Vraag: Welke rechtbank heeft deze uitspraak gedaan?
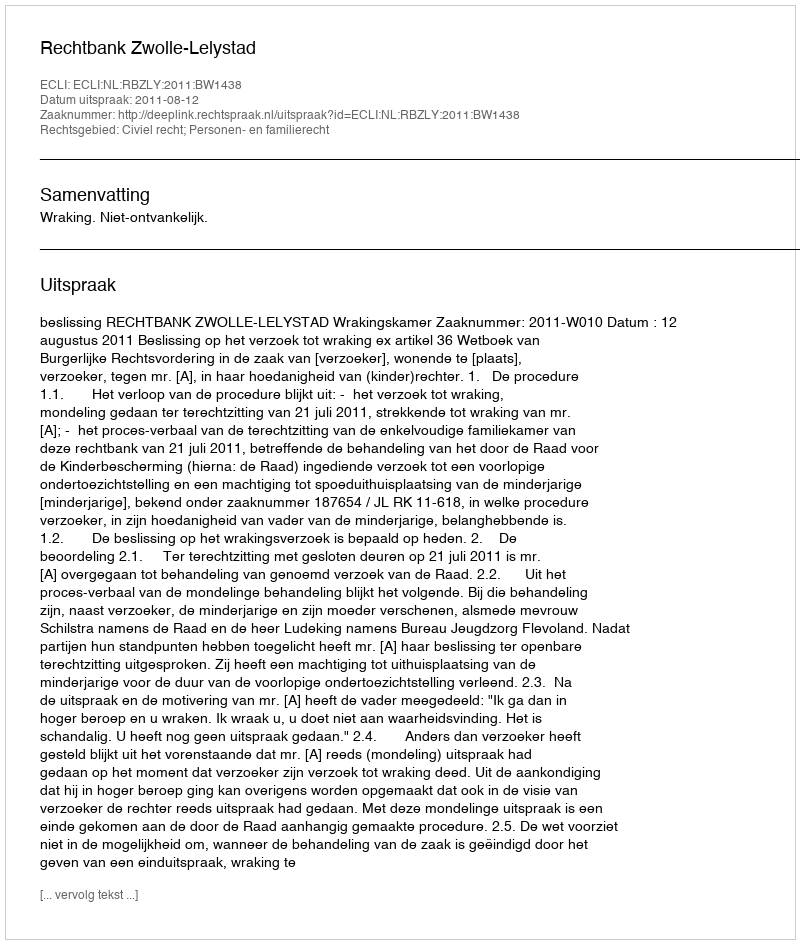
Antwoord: Rechtbank Zwolle-Lelystad